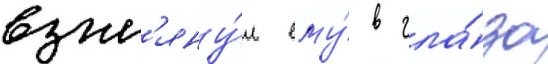
взгл'яну́л ему́ в гла́за